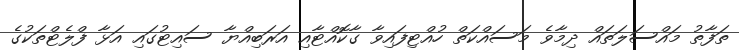
ތަފާތު މައްސަލަތައް ދިމާވެ މަސައްކަތް ހުއްޓިފައިވާ ގާކޮއްޓާއި އަރަބިއްޔާ ސައިޓުގައި އަޅާ ފްލެޓްތަކުގެ